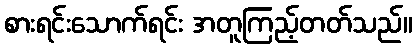
စားရင်းသောက်ရင်း အတူကြည့်တတ်သည်။